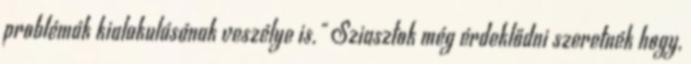
problémák kialakulásának veszélye is." Sziasztok még érdeklődni szeretnék hogy,